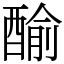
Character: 䤅